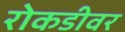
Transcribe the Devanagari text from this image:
रोकडीवर